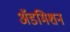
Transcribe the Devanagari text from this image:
अॅडमिशन